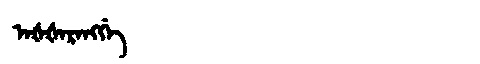
Manchu: ᠠᡧᡧᠠᡵᠠᠩᡤᡝ
Romanization: AŠŠARANGGE